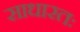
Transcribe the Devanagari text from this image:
साधारतः